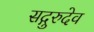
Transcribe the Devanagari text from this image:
सद्गुरुदेव